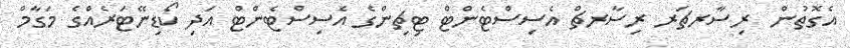
އެގޮތުން  ރިސާރޗަރ ރިސާރޗް އެސިސްޓެންޓް ޓިޗިންގެ އެސިސްޓެންޓް އަދި ކޯޑިނޭޓަރެއްގެ މަގާމް